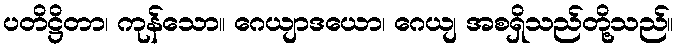
ပတိဋ္ဌိတာ၊ ကုန်သော။ ဂေယျာဒယော၊ ဂေယျ အစရှိသည်တို့သည်။